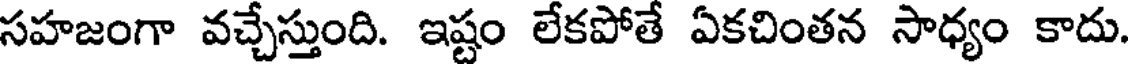
సహజంగా వచ్చేస్తుంది. ఇష్టం లేకపోతే ఏకచింతన సాధ్యం కాదు.